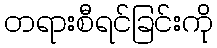
တရားစီရင်ခြင်းကို